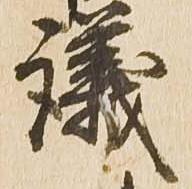
議